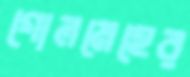
গোলমেহের